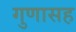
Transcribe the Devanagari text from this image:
गुणासह